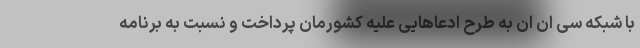
با شبکه سی ان ان به طرح ادعاهایی علیه کشورمان پرداخت و نسبت به برنامه